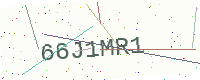
Text: 66J1MR1